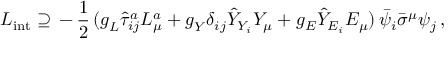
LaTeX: { \cal L } _ { \mathrm { i n t } } \supseteq \, - \, \frac { 1 } { 2 } \, ( g _ { L } ^ { \mathrm { } } \hat { \tau } _ { i j } ^ { a } L _ { \mu } ^ { a } + g _ { Y } ^ { \mathrm { } } \delta _ { i j } \hat { Y } _ { Y _ { i } } Y _ { \mu } + g _ { E } ^ { \mathrm { } } \hat { Y } _ { E _ { i } } E _ { \mu } ) \, \bar { \psi } _ { i } \bar { \sigma } ^ { \mu } \psi _ { j } \, ,